Scottish Leaving Certificate Examination, 1959
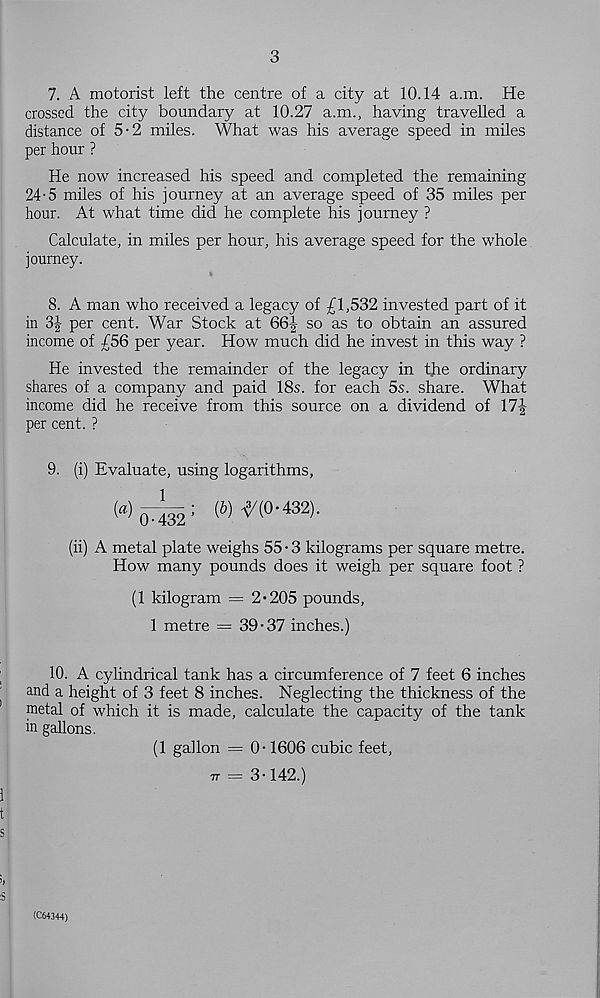
3
7. A motorist left the centre of a city at 10.14 a.m. He
crossed the city boundary at 10.27 a.m., having travelled a
distance of 5-2 miles. What was his average speed in miles
per hour ?
He now increased his speed and completed the remaining
24-5 miles of his journey at an average speed of 35 miles per
hour. At what time did he complete his journey ?
Calculate, in miles per hour, his average speed for the whole
journey.
8. A man who received a legacy of £1,532 invested part of it
in 3| per cent. War Stock at 66J so as to obtain an assured
income of £56 per year. How much did he invest in this way ?
He invested the remainder of the legacy in the ordinary
shares of a company and paid 18s. for each 5s. share. What
income did he receive from this source on a dividend of 17|
per cent. ?
9. (i) Evaluate, using logarithms,
(S)-y (0-432).
(ii) A metal plate weighs 55-3 kilograms per square metre.
How many pounds does it weigh per square foot ?
(1 kilogram = 2-205 pounds,
1 metre = 39-37 inches.)
10. A cylindrical tank has a circumference of 7 feet 6 inches
and a height of 3 feet 8 inches. Neglecting the thickness of the
metal of which it is made, calculate the capacity of the tank
in gallons.
(1 gallon = 0-1606 cubic feet,
77 = 3-142.)
(C64344)